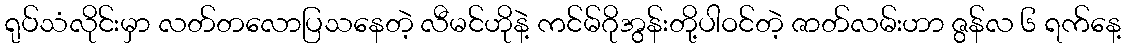
ရုပ်သံလိုင်းမှာ လတ်တလောပြသနေတဲ့ လီမင်ဟိုနဲ့ ကင်မ်ဂိုအွန်းတို့ပါဝင်တဲ့ ဇာတ်လမ်းဟာ ဇွန်လ ၆ ရက်နေ့